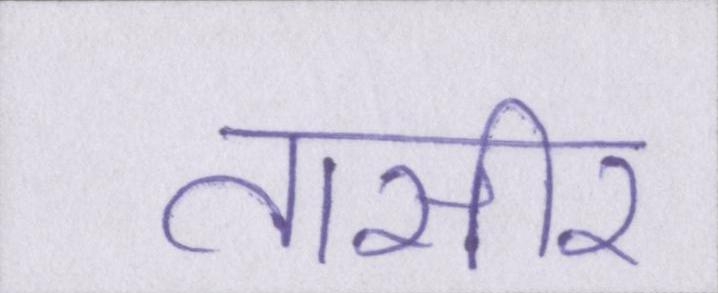
तासीर